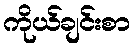
ကိုယ်ချင်းစာ